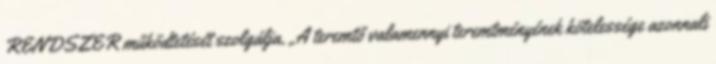
RENDSZER működtetését szolgálja. „A teremtő valamennyi teremtményének kötelessége azonnali